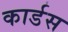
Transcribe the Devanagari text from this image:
कार्डस